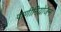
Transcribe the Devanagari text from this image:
पाणीनियोजन